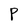
Character: P